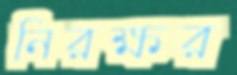
নিরক্ষর